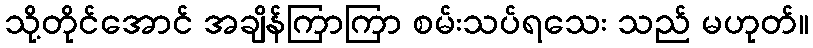
သို့တိုင်အောင် အချိန်ကြာကြာ စမ်းသပ်ရသေး သည် မဟုတ်။